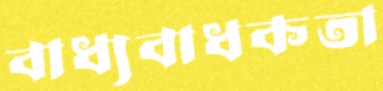
বাধ্যবাধকতা